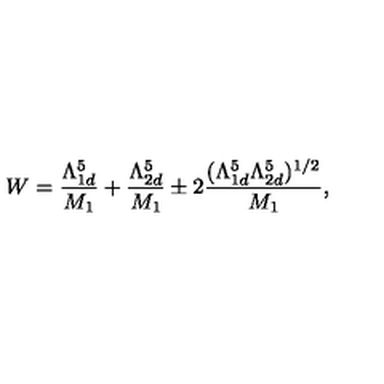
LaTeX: W = \frac { \Lambda _ { 1 d } ^ { 5 } } { M _ { 1 } } + \frac { \Lambda _ { 2 d } ^ { 5 } } { M _ { 1 } } \pm 2 \frac { ( \Lambda _ { 1 d } ^ { 5 } \Lambda _ { 2 d } ^ { 5 } ) ^ { 1 / 2 } } { M _ { 1 } } ,